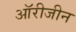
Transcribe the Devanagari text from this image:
ऑरीजीन